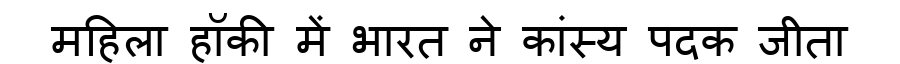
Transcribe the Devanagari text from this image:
महिला हॉकी में भारत ने कांस्य पदक जीता